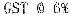
GST @ 6%